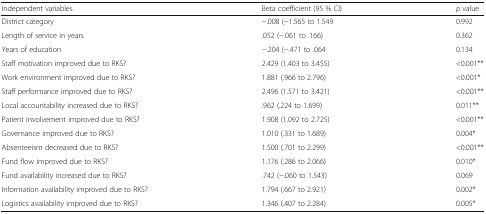
| Independent variables | Beta coefficient (95 % CI) | p value |
 | --- | --- | --- |
 | District category | −.008 (−1.565 to 1.549 | 0.992 |
 | Length of service in years | .052 (−.061 to .166) | 0.362 |
 | Years of education | −.204 (−.471 to .064 | 0.134 |
 | Staff motivation improved due to RKS? | 2.429 (1.403 to 3.455) | <0.001** |
 | Work environment improved due to RKS? | 1.881 (.966 to 2.796) | <0.001* |
 | Staff performance improved due to RKS? | 2.496 (1.571 to 3.421) | <0.001** |
 | Local accountability increased due to RKS? | .962 (.224 to 1.699) | 0.011** |
 | Patient involvement improved due to RKS? | 1.908 (1.092 to 2.725) | <0.001** |
 | Governance improved due to RKS? | 1.010 (.331 to 1.689) | 0.004* |
 | Absenteeism decreased due to RKS? | 1.500 (.701 to 2.299) | <0.001** |
 | Fund flow improved due to RKS? | 1.176 (.286 to 2.066) | 0.010* |
 | Fund availability increased due to RKS? | .742 (−.060 to 1.543) | 0.069 |
 | Information availability improved due to RKS? | 1.794 (.667 to 2.921) | 0.002* |
 | Logistics availability improved due to RKS? | 1.346 (.407 to 2.284) | 0.005* |